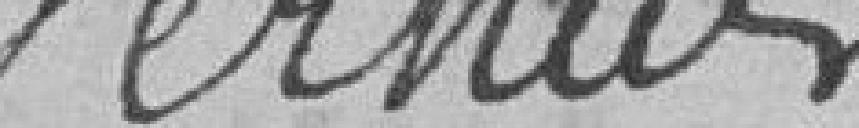
Verne